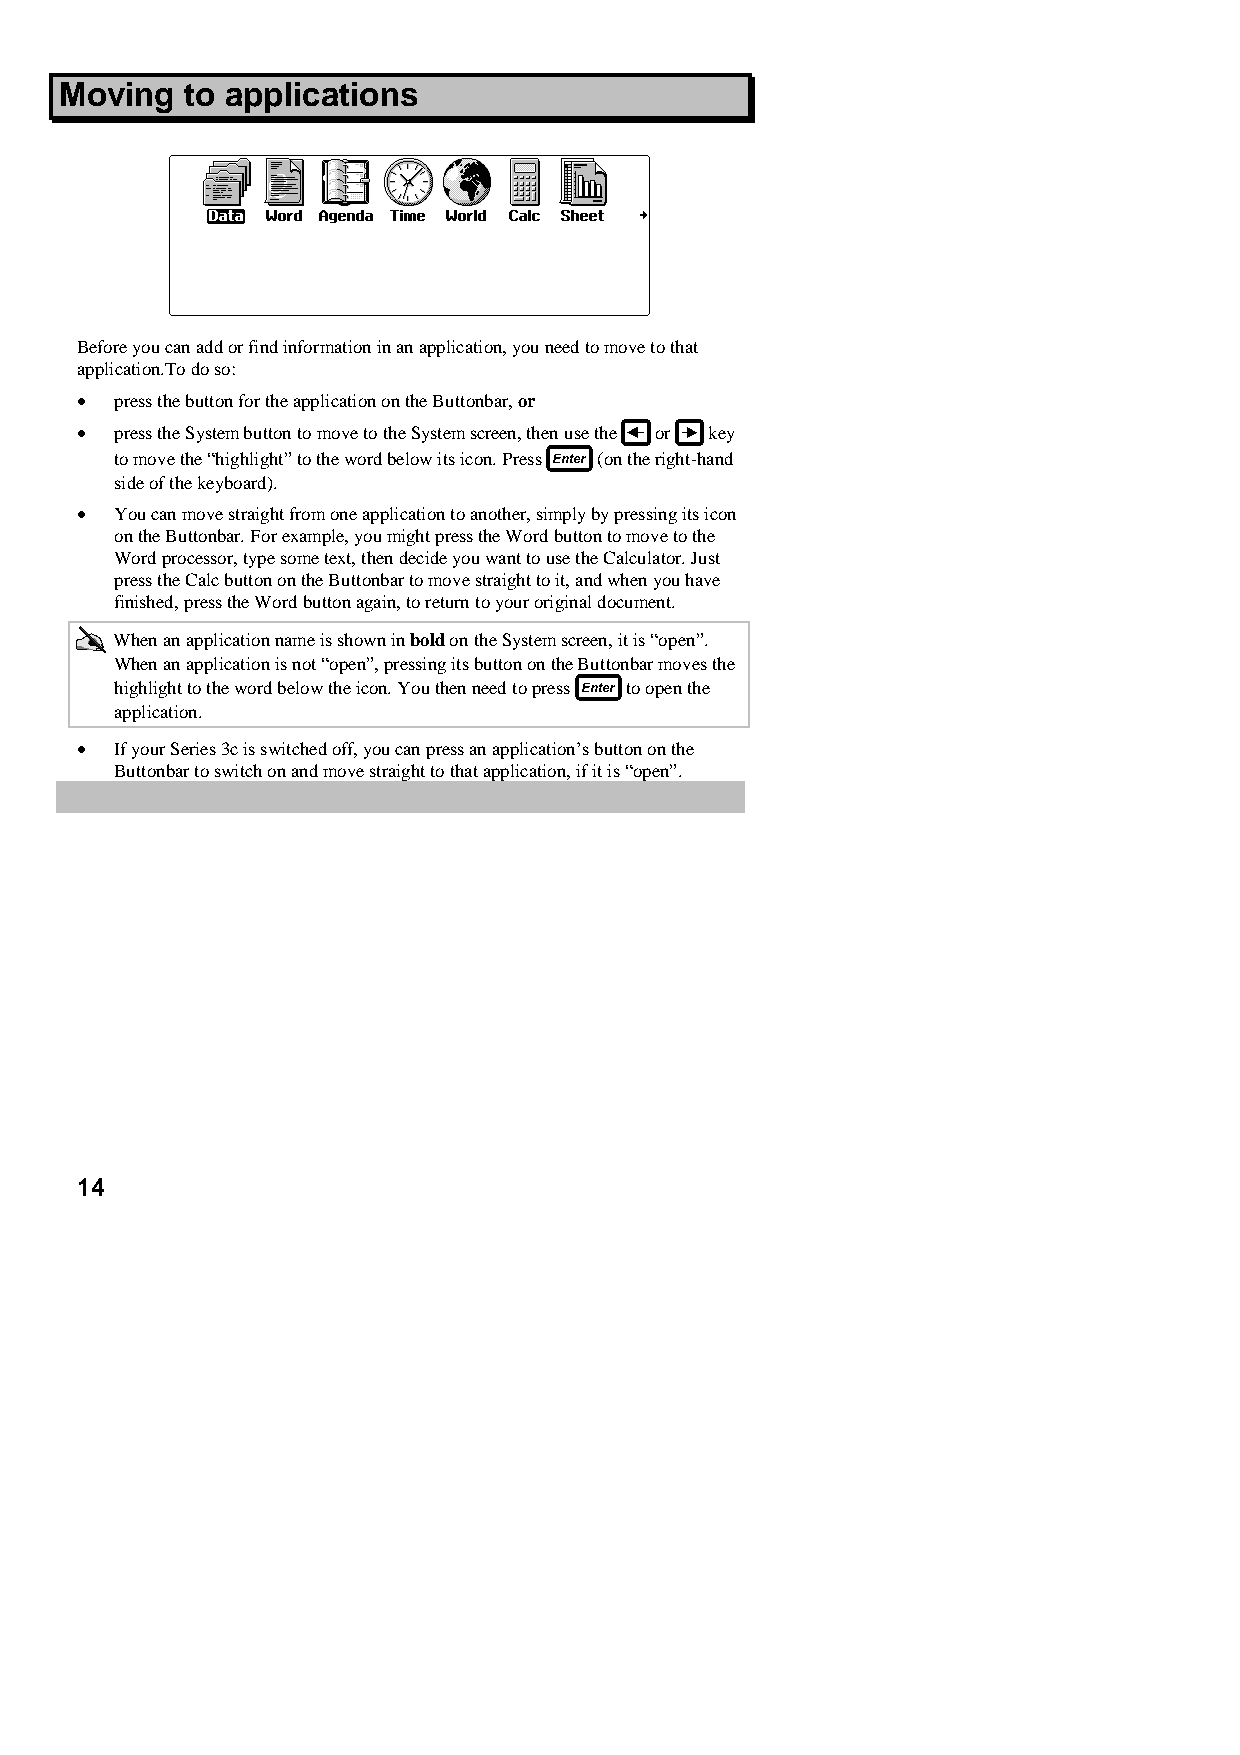
Moving  to applications
 Before you can add or find information in an application, you need to move to that
 application.To do so:
 •  press the button for the application on the Buttonbar, or
 •  press the System button to move to the System screen, then use the or key
 to move the “highlight” to the word below its icon. Press (on the right-hand
 side of the keyboard).
 •  You can move straight from one application to another, simply by pressing its icon
 on the Buttonbar. For example, you might press the Word button to move to the
 Word processor, type some text, then decide you want to use the Calculator. Just
 press the Calc button on the Buttonbar to move straight to it, and when you have
 finished, press the Word button again, to return to your original document.
 When an application name is shown in bold on the System screen, it is “open”.
 When an application is not “open”, pressing its button on the Buttonbar moves the
 highlight to the word below the icon. You then need to press to open the
 application.
 •  If your Series 3c is switched off, you can press an application’s button on the
 Buttonbar to switch on and move straight to that application, if it is “open”.
 14